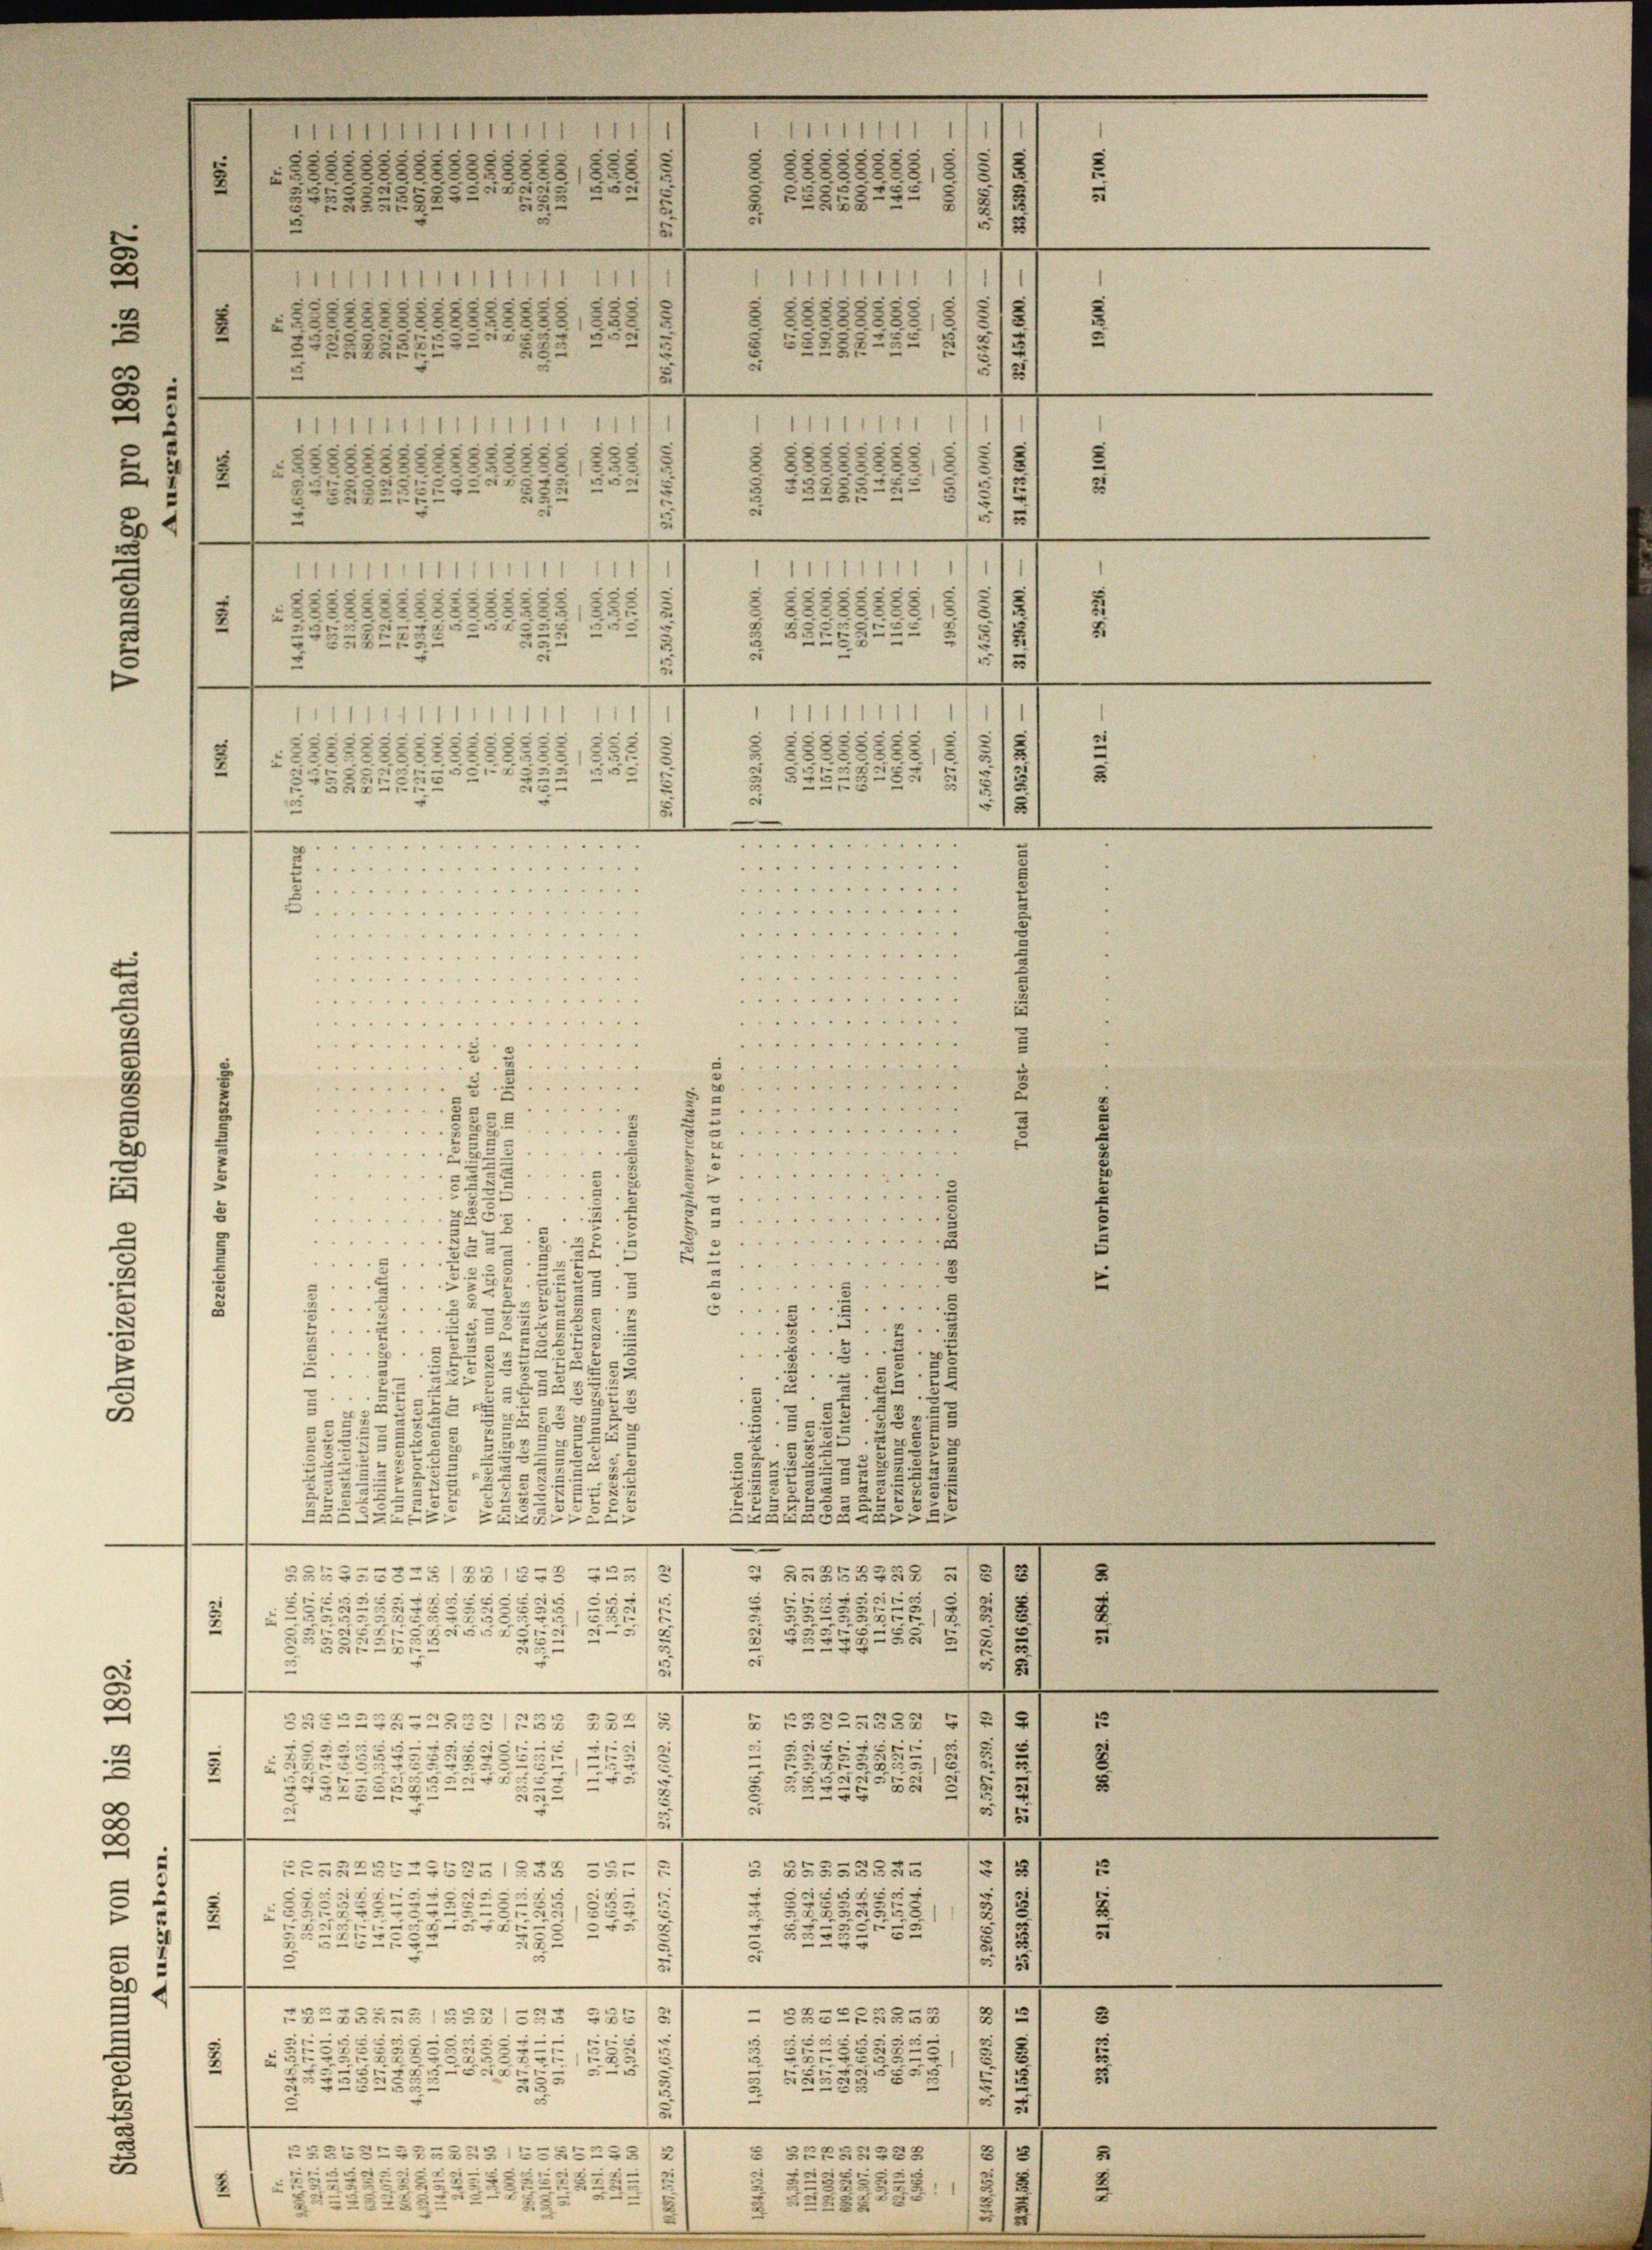
2
. . . . . . . . . 15. g

d
 . . . . . . . 5
e
 . . . . . . . .
2
 . . . . . . . .
......
 . . . . . . . . . . .
Ahnen
. . . . . . . .
 " "
5.
e
.
5
5
..........
2
2
.....
u
22
......
25
s
 . . . . . . . . 2
" " " " " " " " 10
22
.
3.
3
n
.
2
2
 . . . 50
.
u
2
.
.
...
s
2
"
.
.
2
8
.
2
5
2
2
57
2
.
4
2
2
2237.
5
5

3235.
3
2
¬
3
2.
.
5
22
552
22
.
.
5
32
532
5
23:
e
35
555
2
332
ALBA
Szcz
e
.
e
2
5
S 5525548§ 28
535335 (851522
c
8
i
:
u
55
2257
257
3
2
F.
5
.
x
e
2
5=§§ 5
55
.
55524
u
e
e
18
d
.
e
e
x
.
3
Z 2522225
3GENZZGRAS28/12 88
2
u
e
e
e
2
25
8
.
. Fra
12
u
.
r
Se
35
u
527
2.
55
5
.
—
e
s
u
.
2
§ 55525552
e
ECHRESSESESA1285
33
u
.
i
2
55
552
5552
2
e
2
u
2
.
n
5
.
.
52
222
e
c
u
n
.
.
—
d
e
2
535
SSEES5:
“
232855255481255
.
2
u
e
2
525
2
5
u
25548
i
s
e
u
s

¬
23
e
u
.
2)
525BELBASSSE=S52282
§ 22258228
5
.
52
2
2
2
223
2
2
223
 x 2 x
1
2
2
u
23
2
233
2
e
.

.
52
.
u
2
u
212
13
e
u
e
e
5
.
.
¬
1
3
e
.
2
2

e
.
222 u.
55
r

2

5
22.
e
 . . . . . . . . . . . .
......
.
............
 . . 16
 . . . . . .. .. . . .
....
 . . . . . . . . 1 "

 . . . . .

2

..
2

2